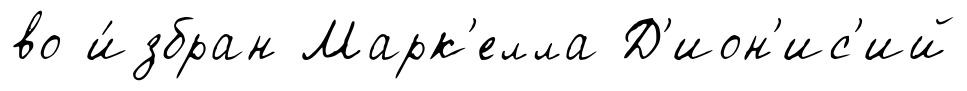
во и́збран Марк'елла Д'ион'ис'ий